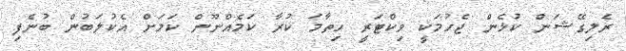
ރެލިގޭޝަން ކުޅެން ޖެހުމަކީ ވިކްޓަރީ ހިތާމަ ކުރާ ކަމެއްނޫން ކަމަށް އެކުލަބުން ބުނެފި